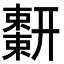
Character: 𢆬